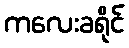
ကလေးခရိုင်